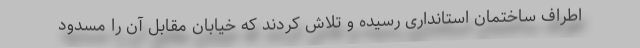
اطراف ساختمان استانداری رسیده و تلاش کردند که خیابان مقابل آن را مسدود